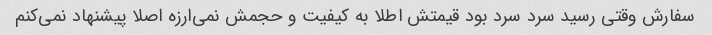
سفارش وقتی رسید سرد سرد بود قیمتش اطلا به کیفیت و حجمش نمی‌ارزه اصلا پیشنهاد نمی‌کنم